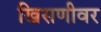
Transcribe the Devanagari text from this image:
खिसणीवर